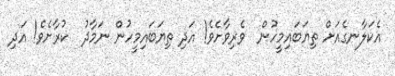
އެކަލާނގެއަށް ތިޔަބައިމީހުން  ވެރިވާށެވެ! އަދި ތިޔަބައިމީހުން ނަމާދު  ކުރާށެވެ! އަދި